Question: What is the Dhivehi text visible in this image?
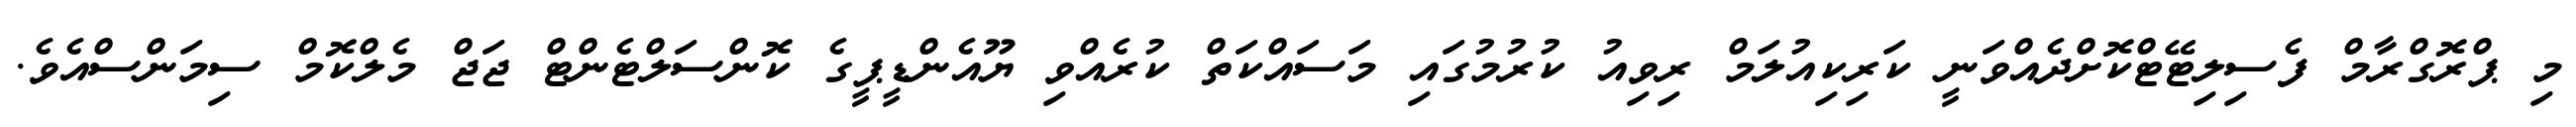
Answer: މި ޕްރޮގްރާމް ފެސިލިޓޭޓްކޮށްދެއްވަނީ ކަރިކިއުލަމް ރިވިއު ކުރުމުގައި މަސައްކަތް ކުރެއްވި ޔޫއެންޑީޕީގެ ކޮންސަލްޓެންޓް ޖަޖް މެލްކޮމް ސިމަންސްއެވެ.